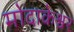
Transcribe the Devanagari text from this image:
मोदाकेश्वर